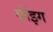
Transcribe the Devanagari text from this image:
बोंइग